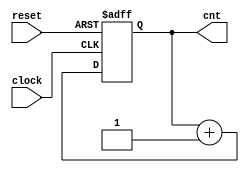
// desc: 4-Bit Aufwrtszhler mit Reset-Eingang (low active)

module counter_4bit (output reg [3:0] cnt,
                     input  wire      clock, reset);
  
  always @(posedge clock or negedge reset)
    begin: COUNTER
      if (!reset)
        cnt <= 0;
      else
        cnt <= cnt + 1;
    end
    
endmodule